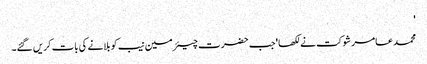
'
محمد عامر شوکت نے لکھا 'جب حضرت چیئرمین نیب کو بلانے کی بات کریں گئے۔